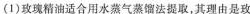
(1)玫瑰精油适合用水蒸气蒸馏法提取，其理由是玫